Statistics compiled by the Government of India from the reports of provincial Civil Veterinary Departments
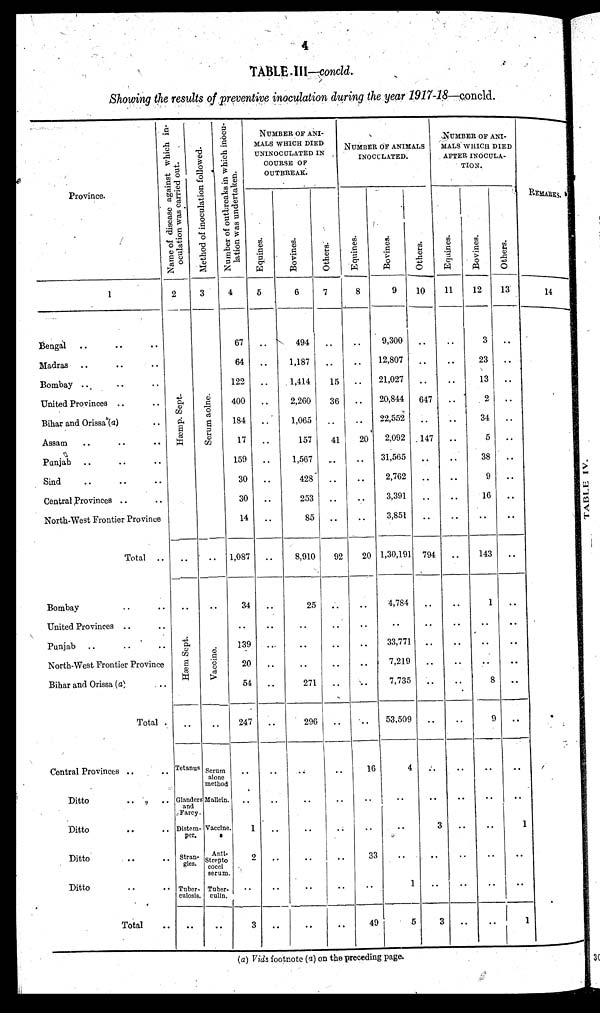
4
TABLE III—concld.
Showing the results of preventive inoculation during the year 1917-18—concld.
Province.
1
Bengal .. .. ..
Madras .. .. ..
Bombay
.. .. ..
United Provinces .. ..
Bihar and Orissa (a) ..
Assam .. .. ..
Punjab .. .. ..
Sind
..
..
..
Central Provinces .. ..
North-West Frontier Province
Total ..
Bombay .. ..
United Provinces .. ..
Punjab .. .. ..
North-West Frontier Province
Bihar and Orissa (a) ..
Total ..
Central Provinces .. ..
Ditto .. ..
Ditto .. ..
Ditto .. ..
Ditto .. ..
Total ..
Name of disease against which in-
oculation was carried out.
2
Hæmp. Sept .
..
..
Hæm Sept.
..
Tetanus
Glanders
and
Farcy.
Distem-
per.
Stran-
gles.
Tuber-
culosis.
..
Method of inoculation followed.
3
Se r
um aolne.
..
..
Vaccine.
..
Serum
alone
method
Mallein
Vaccine
Anti-
Strepto
cocci
serum
Tuber
culin.
..
Number of outbreaks in which inocu-
lation was undertaken.
4
67
64
122
400
184
17
159
30
30
14
1,087
34
..
139
20
54
247
..
..
1
2
..
3
NUMBER OF ANI-
MALS WHICH DIED
UNINOCULATED IN
COURSE OF
OUTBREAK.
Equines.
5
..
..
..
..
..
..
..
..
..
..
..
..
..
..
..
..
..
..
..
..
..
..
..
Bovines.
6
494
1,187
1,414
2,260
1,065
157
1,567
428
253
85
8,910
25
..
..
..
271
296
..
..
..
..
..
..
Others.
7
..
..
15
36
..
41
..
..
..
..
92
..
..
..
..
..
..
..
..
..
..
..
..
NUMBER OF ANIMALS
INOCULATED
Equines.
8
..
..
..
..
20
..
..
..
..
20
..
..
..
..
..
..
16
..
..
33
..
49
Bovines.
9
9,300
12,807
21,027
20,844
22,552
2,092
31,565
2,762
3,391
3,851
1,30,191
4,784
..
33,771
7,219
7,735
53,509
4
..
..
..
1
5
Others.
10
..
..
..
647
..
147
..
..
..
..
794
..
..
..
..
..
..
..
..
3
..
..
3
NUMBER OF ANI-
MALS WHICH DIED
AFTER INOCULA-
-----
Equines.
11
..
..
..
..
..
..
..
..
..
..
..
..
..
..
..
..
..
..
..
..
..
..
..
Bovines.
12
3
23
13
2
34
5
38
9
16
..
143
1
..
..
..
8
9
..
..
..
..
..
..
Others.
13
..
..
..
..
..
..
..
..
..
..
..
..
..
..
..
..
..
..
..
1
..
..
1
REMARKS.
14
(a) Vide footnote (a) on the preceding page.